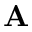
\mathbf { A }